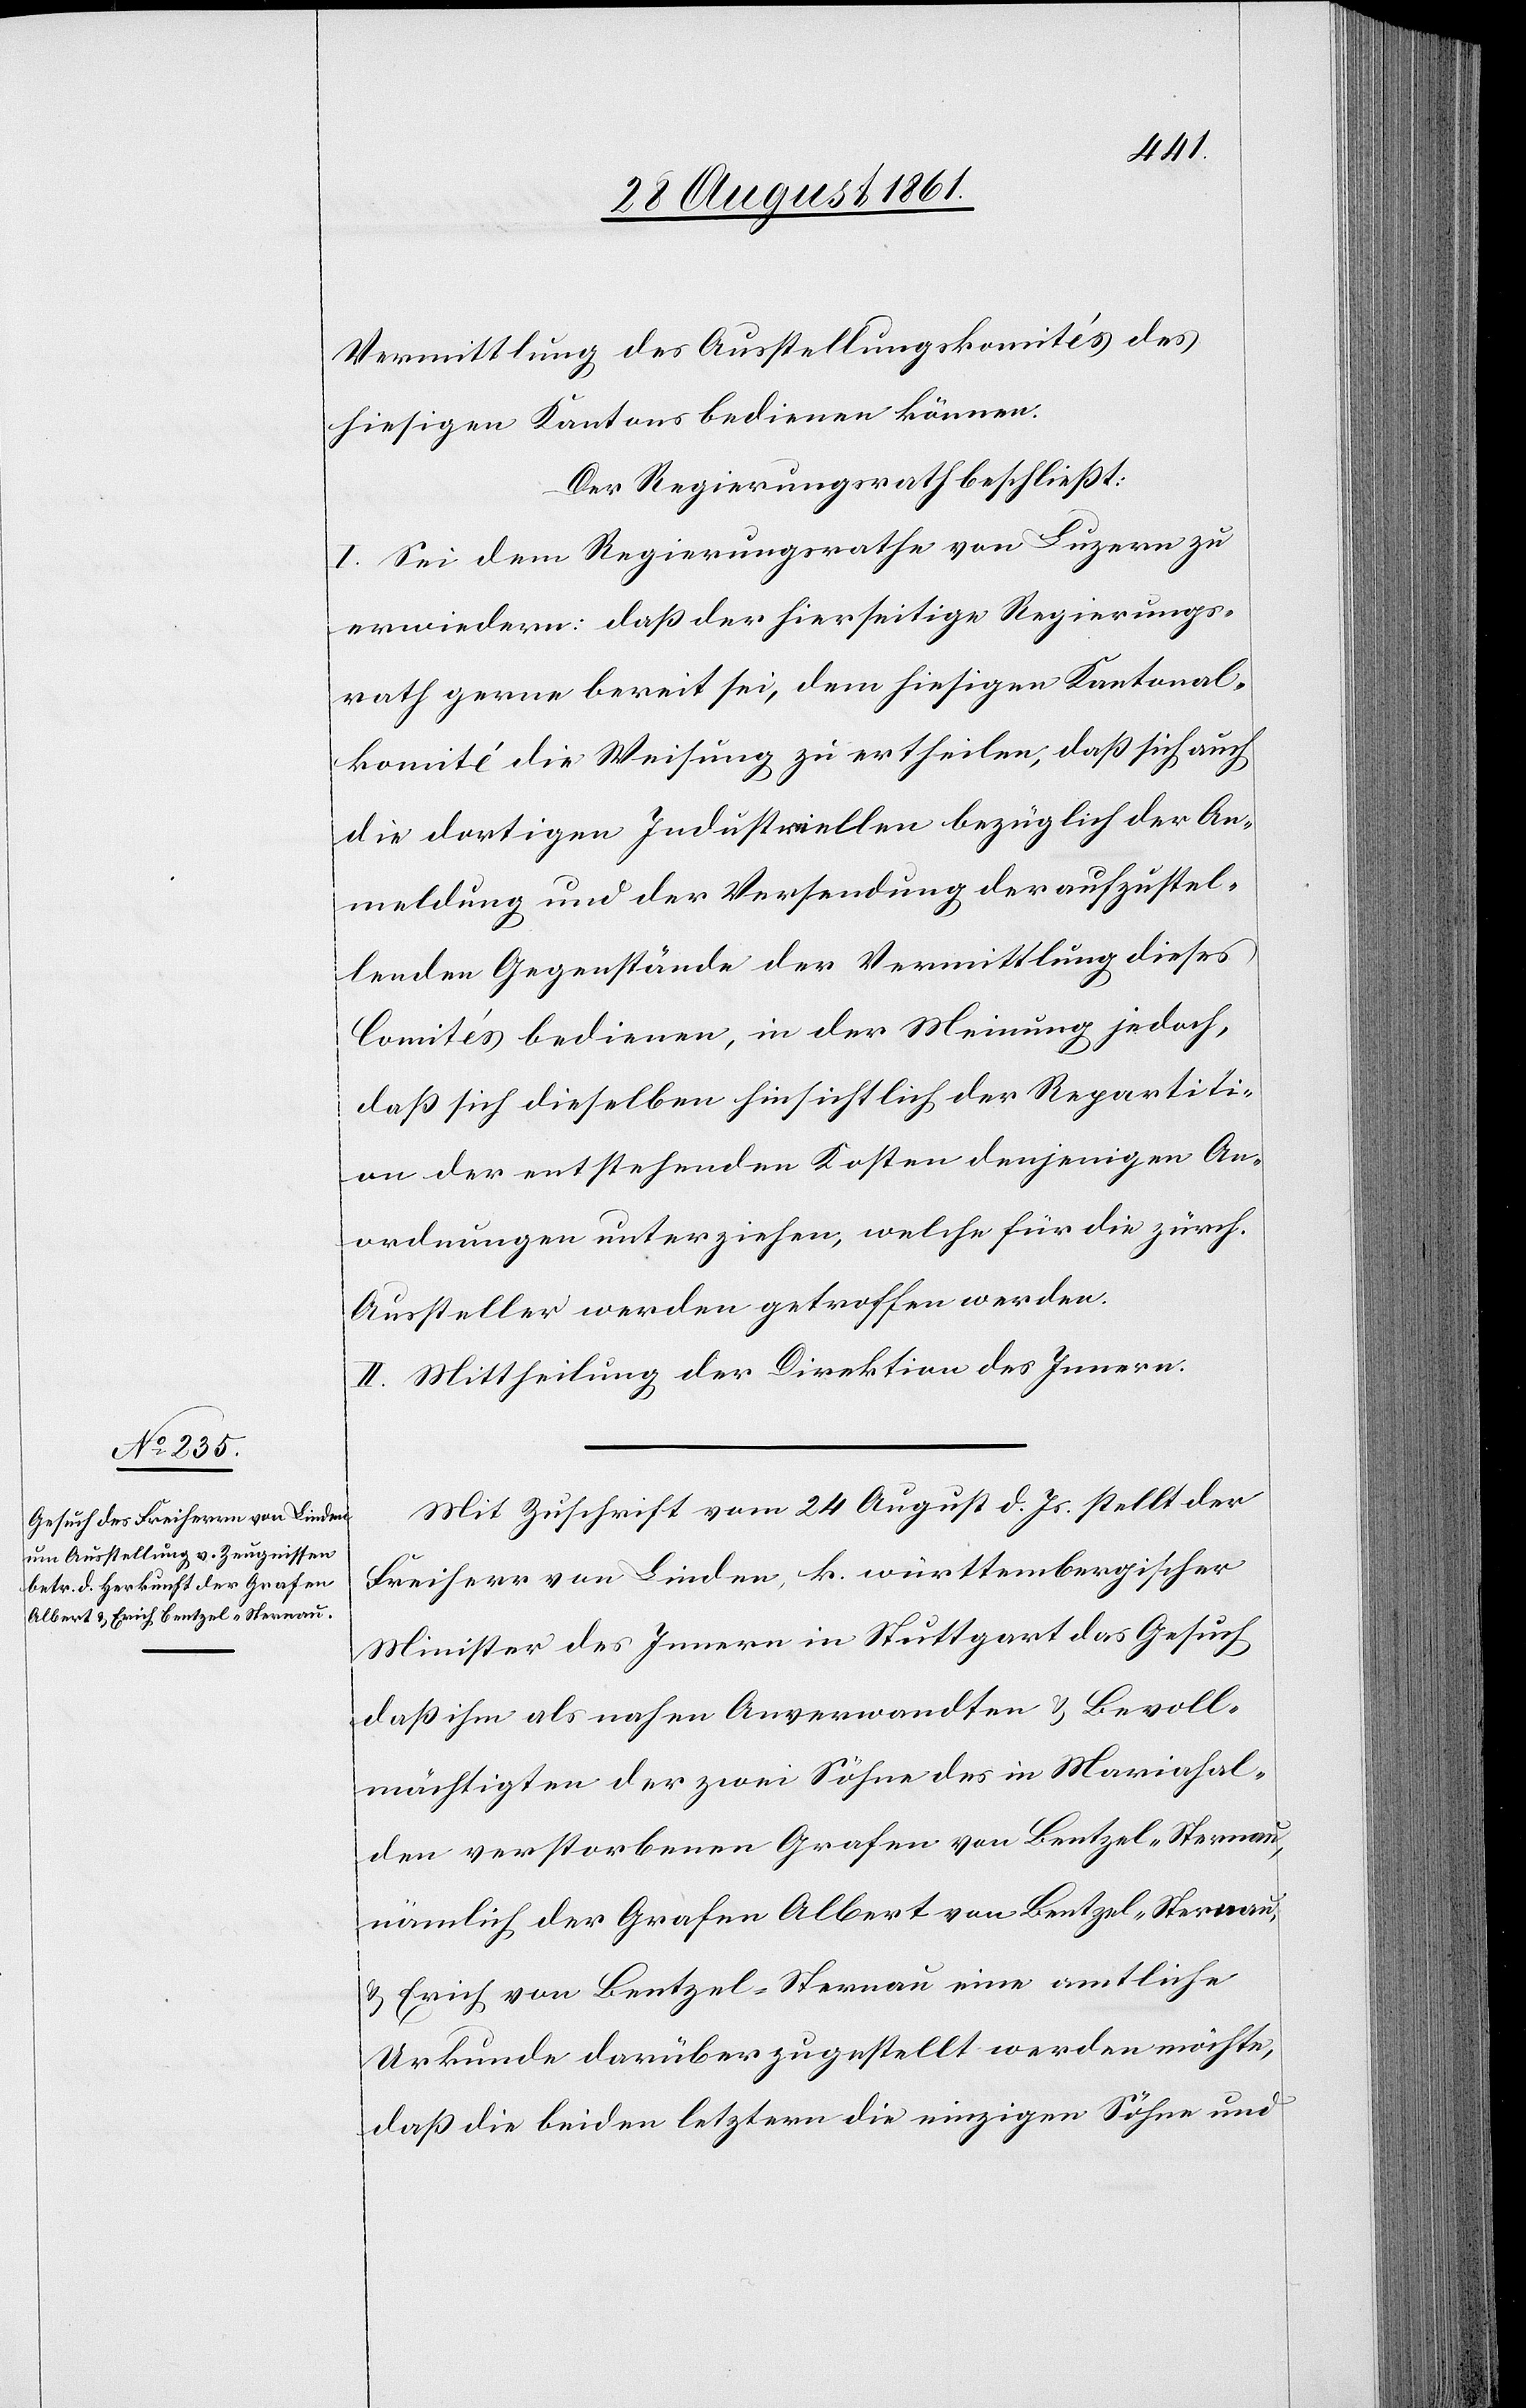
Vermittlung des Ausstellungskomités des
hiesigen Kantons bedienen können.
Der Regierungsrath beschließt:
I. Sei dem Regierungsrath von Luzern zu
erwiedern: daß der hierseitige Regierungs¬
rath gerne bereit sei, dem hiesigen Kantonal¬
komité die Weisung zu ertheilen, daß sich auch
die dortigen Industriellen bezüglich der An¬
meldung und der Versendung der aufzustel¬
lenden Gegenstände der Vermittlung dieses
Comités bedienen, in der Meinung jedoch,
daß sich dieselben hinsichtlich der Repartiti¬
on der entsprechenden Kosten denjenigen An¬
ordnungen unterziehen, welche für die zürch.
Aussteller werden getroffen werden.
II. Mittheilung der Direktion des Innern.
Mit Zuschrift vom 24 August d. Js. stellt der
Freiherr von Linden, k. württembergischer
Minister des Innern in Stuttgart das Gesuch
daß ihm als nahen Anverwandten u. Bevoll¬
mächtigten der zwei Söhne des in Mariahal¬
den verstorbenen Grafen von Bentzel-Sternau,
nämlich der Grafen Albert von Bentzel-Sternau,
u. Erich von Bentzel-Sternau eine amtliche
Urkunde darüber zugestellt werden möchte,
daß die beiden letztern die einzigen Söhne und